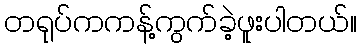
တရုပ်ကကန့်ကွက်ခဲ့ဖူးပါတယ်။